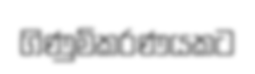
ගිණුම්කරණයකට